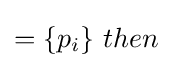
=\{p_{i}\}{\text{  }}then